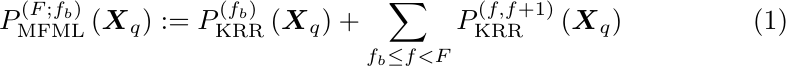
\begin{equation}
    P^{(F;f_b)}_{\rm MFML}\left(\boldsymbol{X}_q\right) := P^{(f_b)}_{\rm KRR}\left(\boldsymbol{X}_q\right) + \sum_{f_b\leq f<F}P_{\rm KRR}^{(f,f+1)}\left(\boldsymbol{X}_q\right)
    \label{eq_MFML_}
\end{equation}